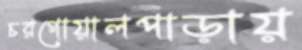
চরগোয়ালপাড়ায়